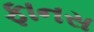
ફાનસ